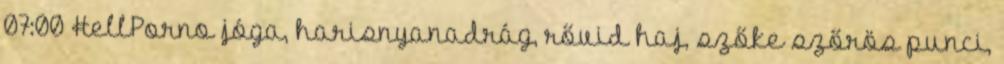
07:00 HellPorno jóga, harisnyanadrág, rővid haj, szőke szőrös punci,